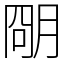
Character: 𬚽